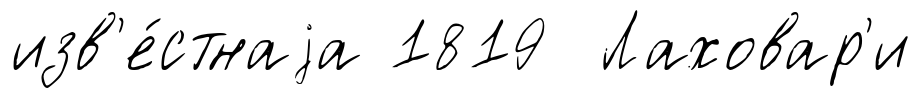
изв'е́стнаjа 1819 Лаховар'и